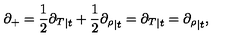
\partial _ { + } = \frac { 1 } { 2 } { \partial _ { T } } _ { | t } + \frac { 1 } { 2 } { \partial _ { \rho } } _ { | t } = { \partial _ { T } } _ { | t } = { \partial _ { \rho } } _ { | t } ,